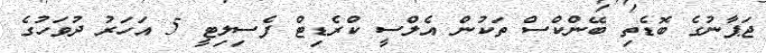
ޖަޕާނުގެ ބޮޑެތި ބޭންކްސް ތަކުން އެލްސީ ކްރެޑިޓް ފެސިލިޓީ 5 އަހަރު ދުވަހުގެ